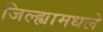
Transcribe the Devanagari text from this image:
जिल्ह्यामधले